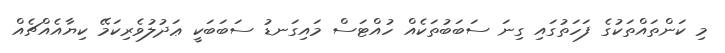
މި ކަންތައްތަކުގެ ފަހަތުގައި ގިނަ ސަބަބުތަކެއް ހުއްޓަސް މައިގަނޑު ސަބަބަކީ ޢަދުލުވެރިކަމޭ ކިޔާއެއްޗެއް